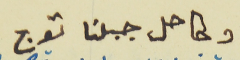
وكاحل جبلنا توج